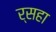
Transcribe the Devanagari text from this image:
र्सहा